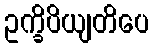
ဥက္ခိပိယျတိပေ